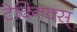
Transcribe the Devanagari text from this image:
टेक्निक्स्